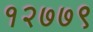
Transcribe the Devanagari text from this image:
१२७७९